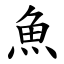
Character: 魚